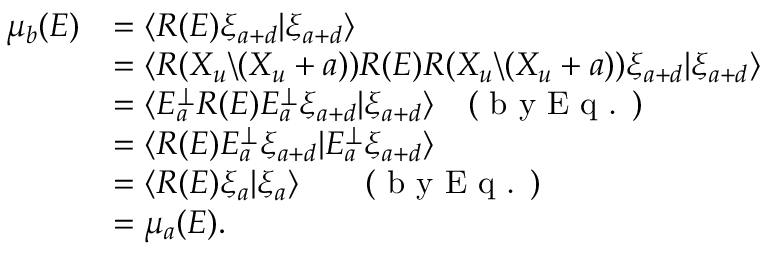
\begin{array} { r l } { \mu _ { b } ( E ) } & { = \langle R ( E ) \xi _ { a + d } | \xi _ { a + d } \rangle } \\ & { = \langle R ( X _ { u } \backslash ( X _ { u } + a ) ) R ( E ) R ( X _ { u } \backslash ( X _ { u } + a ) ) \xi _ { a + d } | \xi _ { a + d } \rangle } \\ & { = \langle E _ { a } ^ { \perp } R ( E ) E _ { a } ^ { \perp } \xi _ { a + d } | \xi _ { a + d } \rangle ~ ~ ~ ( \textrm { b y E q . } ) } \\ & { = \langle R ( E ) E _ { a } ^ { \perp } \xi _ { a + d } | E _ { a } ^ { \perp } \xi _ { a + d } \rangle } \\ & { = \langle R ( E ) \xi _ { a } | \xi _ { a } \rangle ~ ~ ~ ~ ~ ~ ( \textrm { b y E q . } ) } \\ & { = \mu _ { a } ( E ) . } \end{array}